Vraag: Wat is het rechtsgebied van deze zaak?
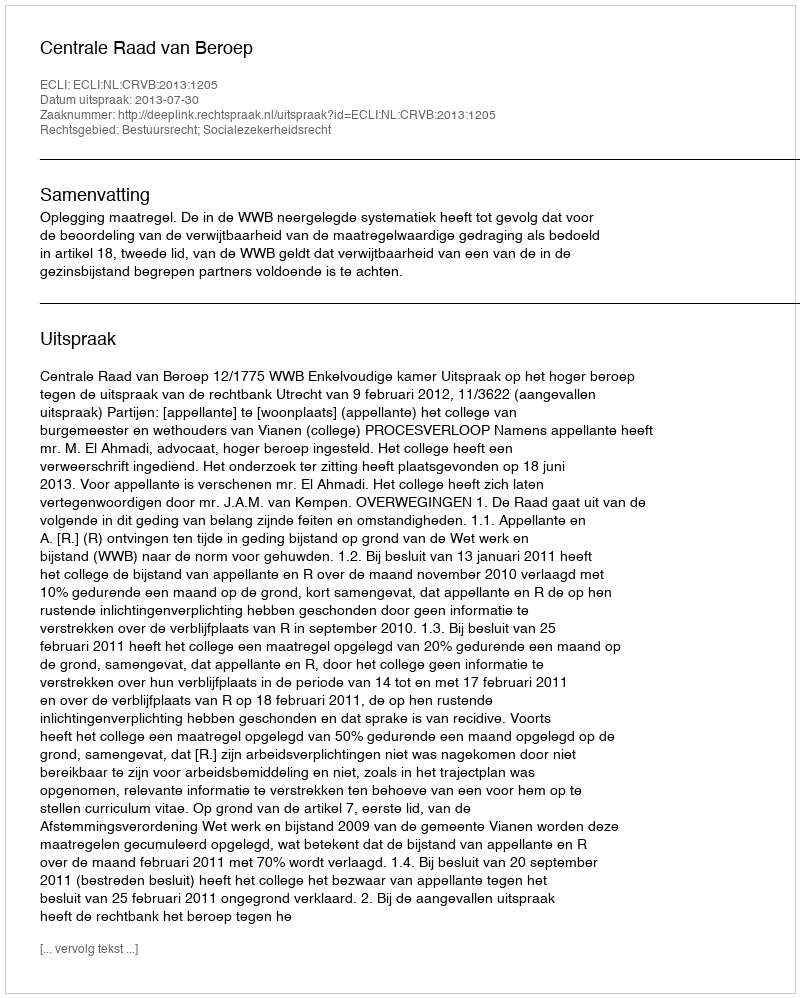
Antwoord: Bestuursrecht; Socialezekerheidsrecht